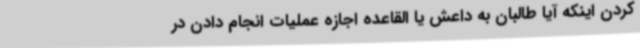
کردن اینکه آیا طالبان به داعش یا القاعده اجازه عملیات انجام دادن در